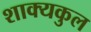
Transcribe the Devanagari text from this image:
शाक्यकुल